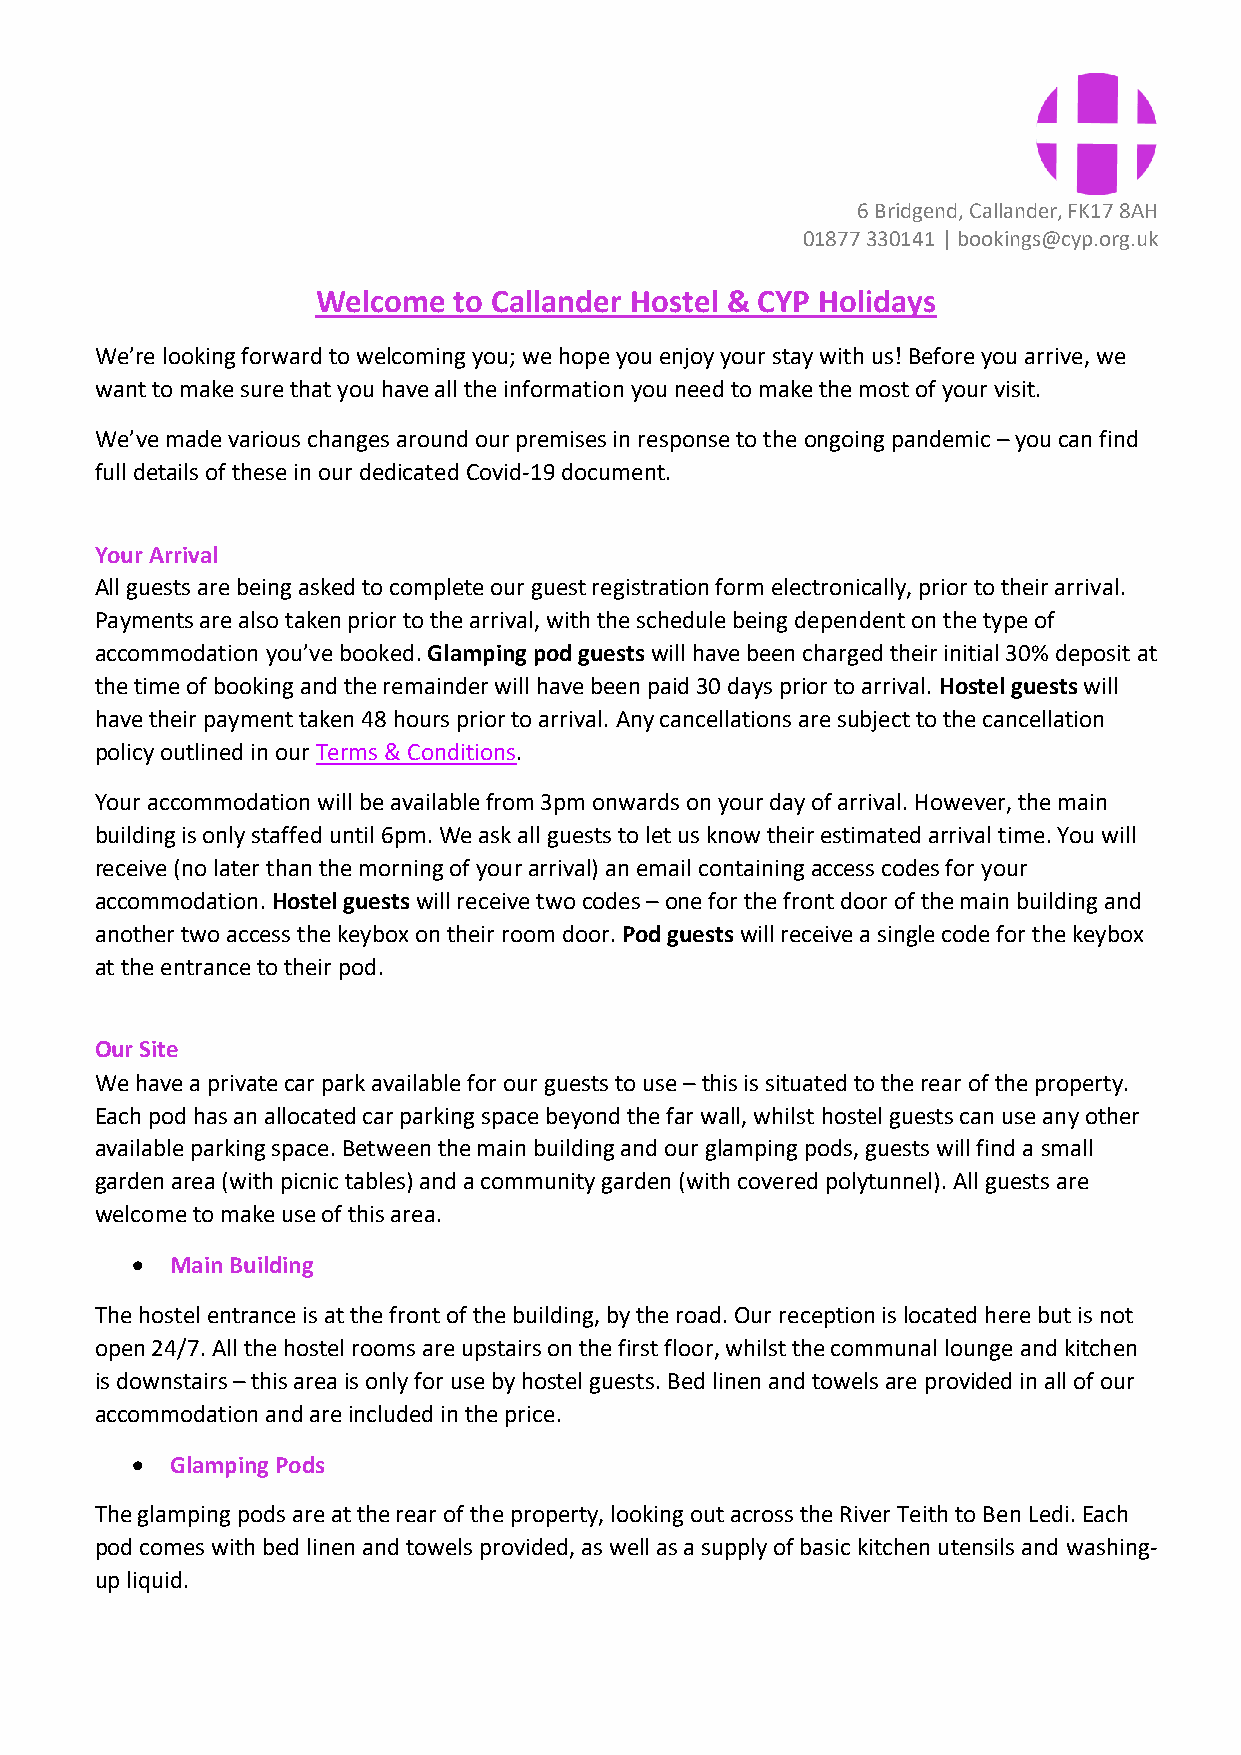
6 Bridgend, Callander, FK17 8AH
 01877 330141 | bookings@cyp.org.uk
 Welcome  to Callander Hostel & CYP Holidays
 We’re looking forward to welcoming you; we hope you enjoy your stay with us! Before you arrive, we
 want to make sure that you have all the information you need to make the most of your visit.
 We’ve made various changes around our premises in response to the ongoing pandemic – you can find
 full details of these in our dedicated Covid-19 document.
 Your Arrival
 All guests are being asked to complete our guest registration form electronically, prior to their arrival.
 Payments are also taken prior to the arrival, with the schedule being dependent on the type of
 accommodation you’ve booked. Glamping pod guests will have been charged their initial 30% deposit at
 the time of booking and the remainder will have been paid 30 days prior to arrival. Hostel guests will
 have their payment taken 48 hours prior to arrival. Any cancellations are subject to the cancellation
 policy outlined in our Terms & Conditions.
 Your accommodation will be available from 3pm onwards on your day of arrival. However, the main
 building is only staffed until 6pm. We ask all guests to let us know their estimated arrival time. You will
 receive (no later than the morning of your arrival) an email containing access codes for your
 accommodation. Hostel guests will receive two codes – one for the front door of the main building and
 another two access the keybox on their room door. Pod guests will receive a single code for the keybox
 at the entrance to their pod.
 Our Site
 We have a private car park available for our guests to use – this is situated to the rear of the property.
 Each pod has an allocated car parking space beyond the far wall, whilst hostel guests can use any other
 available parking space. Between the main building and our glamping pods, guests will find a small
 garden area (with picnic tables) and a community garden (with covered polytunnel). All guests are
 welcome to make use of this area.
 • Main Building
 The hostel entrance is at the front of the building, by the road. Our reception is located here but is not
 open 24/7. All the hostel rooms are upstairs on the first floor, whilst the communal lounge and kitchen
 is downstairs – this area is only for use by hostel guests. Bed linen and towels are provided in all of our
 accommodation and are included in the price.
 • Glamping Pods
 The glamping pods are at the rear of the property, looking out across the River Teith to Ben Ledi. Each
 pod comes with bed linen and towels provided, as well as a supply of basic kitchen utensils and washing-
 up liquid.